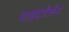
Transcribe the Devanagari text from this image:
माइटोजेन